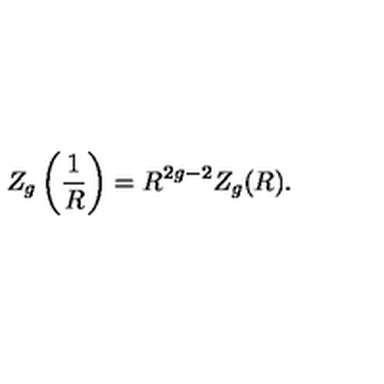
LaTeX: Z _ { g } \left( { \frac { 1 } { R } } \right) = R ^ { 2 g - 2 } Z _ { g } ( R ) .